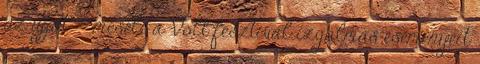
az ujját” – meséli a Volt fesztivál izgalmas eseményeit